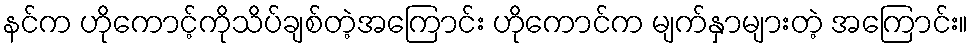
နင်က ဟိုကောင့်ကိုသိပ်ချစ်တဲ့အကြောင်း ဟိုကောင်က မျက်နှာများတဲ့ အကြောင်း။